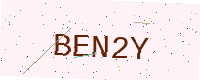
Text: BEN2Y